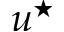
u ^ { \star }